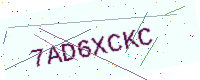
Text: 7AD6XCKC